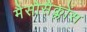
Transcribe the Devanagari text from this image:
मैसोसैक्लोंस